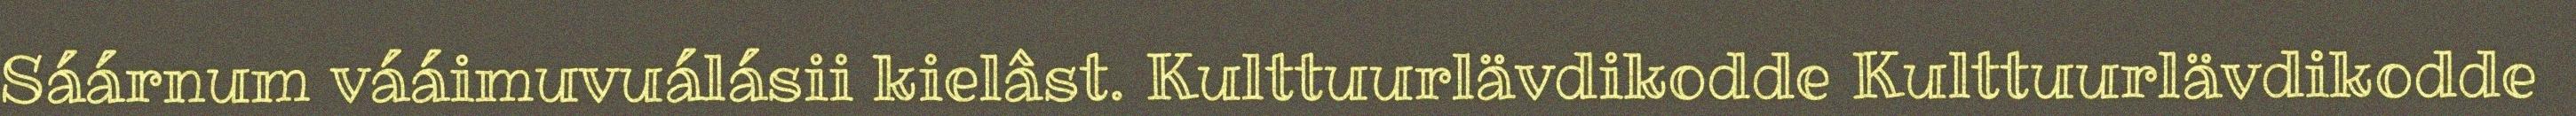
Sáárnum vááimuvuálásii kielâst. Kulttuurlävdikodde Kulttuurlävdikodde